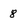
Character: 8